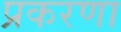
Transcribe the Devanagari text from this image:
प्रकरणा